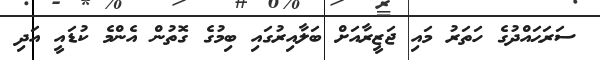
ސަރަޙައްދުގެ ހަތަރު މައި ޖަޒީރާއަށް ބަލާއިރުގައި ބިމުގެ ގޮތުން އެންމެ ކުޑައީ އަދި